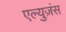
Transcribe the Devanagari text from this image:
एल्युज़ंस